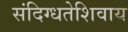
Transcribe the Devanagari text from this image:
संदिग्धतेशिवाय